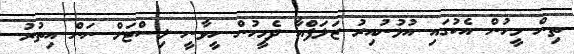
ތިން މީހުން އެކުގައި އުޅުނުއިރު ޒަލަފްއާ ދެމީހުން ހީވާނީ ލިސްޓަށް ނަން އިތުރު